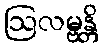
ဩလမ္ဗန္တိ